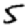
Digit: 5